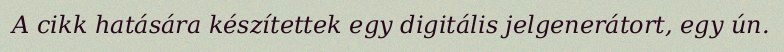
A cikk hatására készítettek egy digitális jelgenerátort, egy ún.